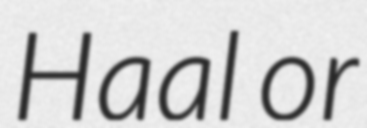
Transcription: Haal or